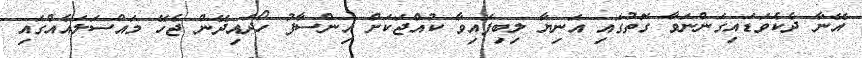
އޭނާ ދެކެވަޑައިގަންނަވާ ގޮތުގައި އަނިޔާ ލިބިފައިވާ ކުއްޖަކަށް އިންސާފު ހޯދައިދޭން ޖެހޭ މައްސަލައެއްގައި